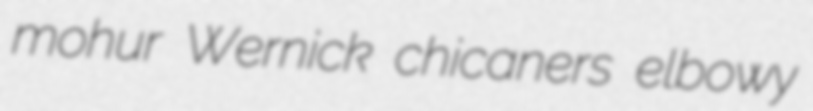
mohur Wernick chicaners elbowy